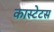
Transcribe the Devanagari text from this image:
कास्टेटस